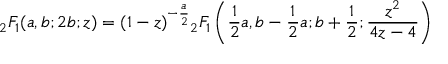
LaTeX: { } _ { 2 } F _ { 1 } ( a , b ; 2 b ; z ) = ( 1 - z ) ^ { - { \frac { a } { 2 } } } { } _ { 2 } F _ { 1 } \left( { \frac { 1 } { 2 } } a , b - { \frac { 1 } { 2 } } a ; b + { \frac { 1 } { 2 } } ; { \frac { z ^ { 2 } } { 4 z - 4 } } \right)